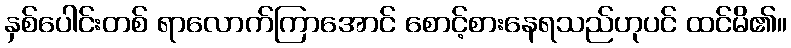
နှစ်ပေါင်းတစ် ရာလောက်ကြာအောင် စောင့်စားနေရသည်ဟုပင် ထင်မိ၏။